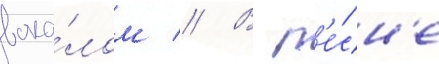
вока́лом // В п'е́сн'е